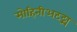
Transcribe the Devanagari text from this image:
मोहिनीअट्ट्म